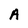
Character: A